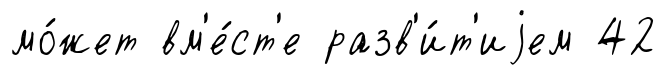
мо́жет вм'е́ст'е разв'и́т'иjем 42